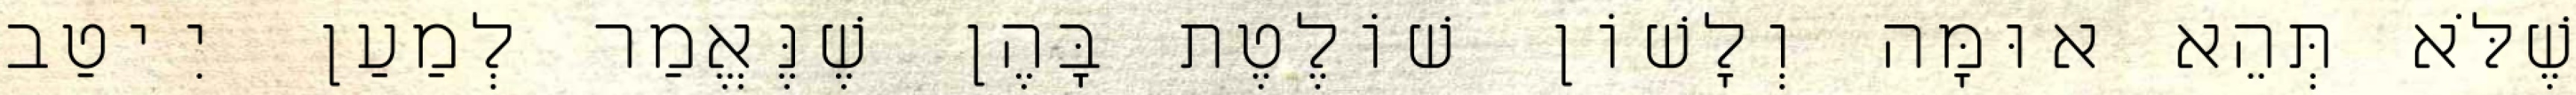
שֶׁלֹּא תְּהֵא אוּמָּה וְלָשׁוֹן שׁוֹלֶטֶת בָּהֶן שֶׁנֶּאֱמַר לְמַעַן יִיטַב